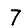
Digit: 7